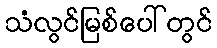
သံလွင်မြစ်ပေါ်တွင်